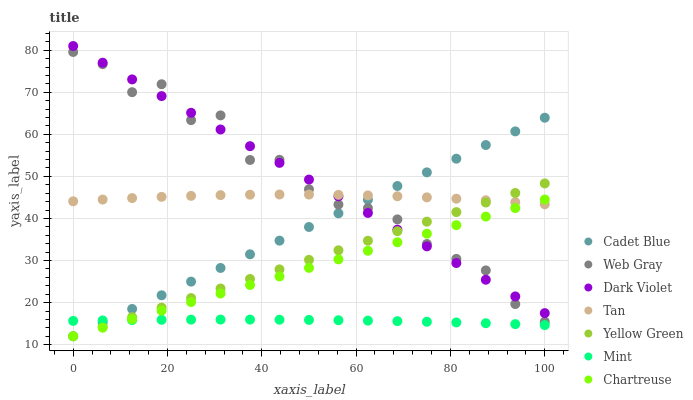
| xaxis_label | Cadet Blue | Web Gray | Dark Violet | Tan | Yellow Green | Mint | Chartreuse |
 | --- | --- | --- | --- | --- | --- | --- | --- |
 | 0 | 12 | 79.6 | 81 | 44.1 | 12 | 15.7 | 12 |
 | 6.25 | 15.2 | 76.7 | 77 | 44.5 | 14.3 | 15.8 | 14 |
 | 12.5 | 18.5 | 70 | 73.1 | 44.9 | 16.5 | 15.8 | 16.1 |
 | 18.8 | 21.7 | 71.9 | 69.1 | 45.1 | 18.8 | 15.9 | 18.1 |
 | 25 | 25 | 63.4 | 65.1 | 45.4 | 21.1 | 15.9 | 20.1 |
 | 31.2 | 28.2 | 64.5 | 61.2 | 45.5 | 23.4 | 16 | 22.2 |
 | 37.5 | 31.5 | 53.9 | 57.2 | 45.7 | 25.6 | 16 | 24.2 |
 | 43.8 | 34.7 | 54 | 53.2 | 45.7 | 27.9 | 15.9 | 26.2 |
 | 50 | 38 | 46.9 | 49.2 | 45.7 | 30.2 | 15.9 | 28.3 |
 | 56.2 | 41.2 | 43.3 | 45.3 | 45.6 | 32.4 | 15.8 | 30.3 |
 | 62.5 | 44.5 | 42.5 | 41.3 | 45.5 | 34.7 | 15.7 | 32.3 |
 | 68.8 | 47.7 | 39.8 | 37.3 | 45.3 | 37 | 15.6 | 34.3 |
 | 75 | 51 | 33.9 | 33.4 | 45 | 39.2 | 15.4 | 36.4 |
 | 81.2 | 54.2 | 30.4 | 29.4 | 44.7 | 41.5 | 15.3 | 38.4 |
 | 87.5 | 57.5 | 27.7 | 25.4 | 44.3 | 43.8 | 15.1 | 40.4 |
 | 93.8 | 60.7 | 19.7 | 21.5 | 43.9 | 46.1 | 14.9 | 42.5 |
 | 100 | 64 | 15.5 | 17.5 | 43.4 | 48.3 | 14.6 | 44.5 |